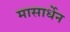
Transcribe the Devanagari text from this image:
मासार्धेन